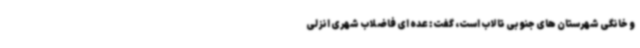
و خانگی شهرستان های جنوبی تالاب است، گفت: عده ای فاضلاب شهری انزلی